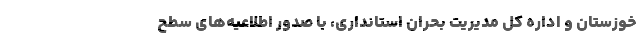
خوزستان و اداره کل مدیریت بحران استانداری، با صدور اطلاعیه‌های سطح